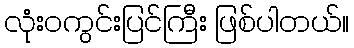
လုံးဝကွင်းပြင်ကြီး ဖြစ်ပါတယ်။